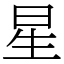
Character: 星